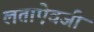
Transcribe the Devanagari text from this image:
लताऐवजी